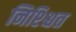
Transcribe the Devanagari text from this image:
निश्श्चित